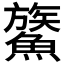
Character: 𩺯